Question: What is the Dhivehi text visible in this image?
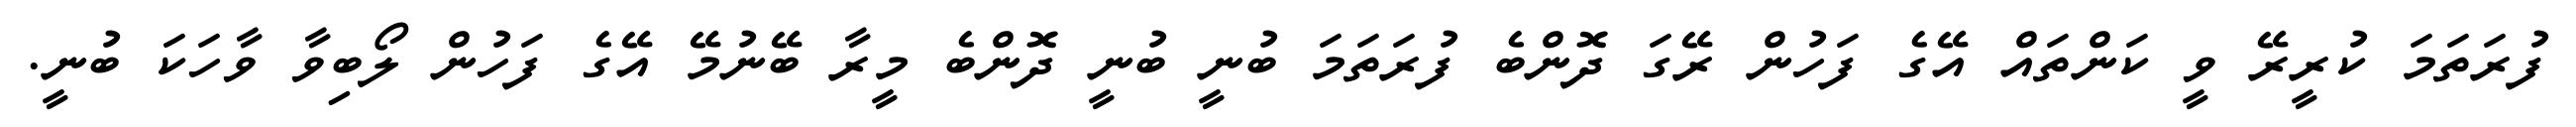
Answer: ފުރަތަމަ ކުރީރޭ ވީ ކަންތައް އޭގެ ފަހުން ރޭގަ ދޮންބެ ފުރަތަމަ ބުނީ ބުނީ ދޮންބެ މީރާ ބޭނުމޭ އޭގެ ފަހުން ލޯބިވާ ވާހަކަ ބުނީ.